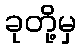
ခုတို့မှ